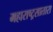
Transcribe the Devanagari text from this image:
महाराष्ट्रसातारा